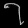
Digit: ၇